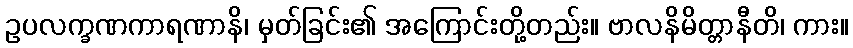
ဥပလက္ခဏကာရဏာနိ၊ မှတ်ခြင်း၏ အကြောင်းတို့တည်း။ ဗာလနိမိတ္တာနီတိ၊ ကား။